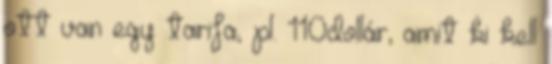
ott van egy tarifa, pl. 110dollár, amit ki kell